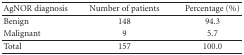
<table><thead><tr><td><b>AgNOR diagnosis</b></td><td><b>Number of patients</b></td><td><b>Percentage (%)</b></td></tr></thead><tbody><tr><td>Benign</td><td>148</td><td>94.3</td></tr><tr><td>Malignant</td><td>9</td><td>5.7</td></tr><tr><td>Total</td><td>157</td><td>100.0</td></tr></tbody></table>